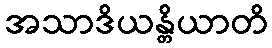
အသာဒိယန္တိယာတိ